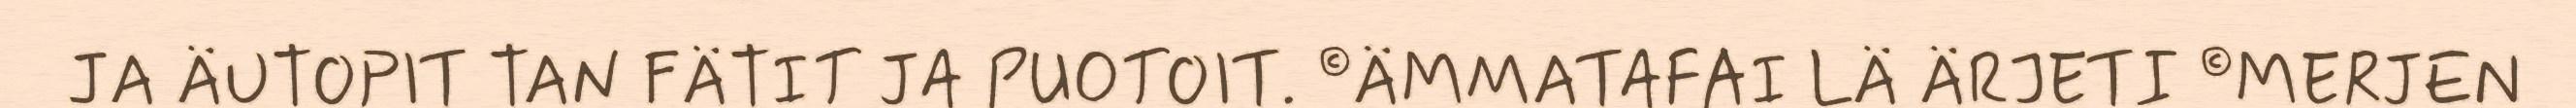
JA ÄUTOPIT TAN FÄTIT JA PUOTOIT. ©ÄMMATAFAI LÄ ÄRJETI ©MERJEN